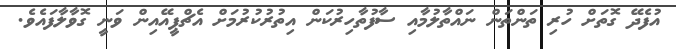
އުފެދޭ ގޮތަށް ހުރި ތަންތަން ނައްތާލުމާއި ސާފުތާހިރުކަން އިތުރުކުރުމަށް އެޗްޕީއޭއިން ވަނީ ގޮވާލާފައެވެ.